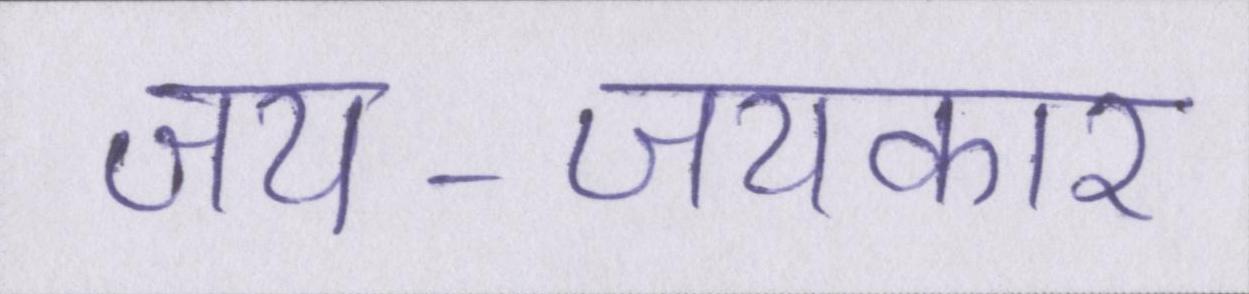
जय-जयकार